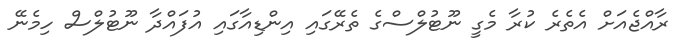
ރާއްޖެއަށް އެތެރެ ކުރާ މެގީ ނޫޓުލްސްގެ ތެރޭގައި އިންޑިއާގައި އުފައްދާ ނޫޓުލްސް ހިމެނޭ